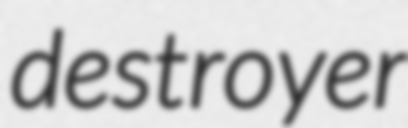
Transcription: destroyer